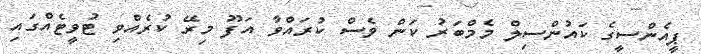
ޕީއެންސީގެ ކައުންސިލް މެމްބަރު ކަން ވެސް ކުރައްވާ އަފޫ މިރޭ ކުރެއްވި ޓުވީޓެއްގައި